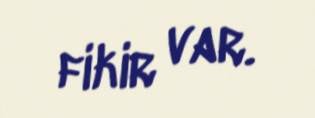
fikir var.